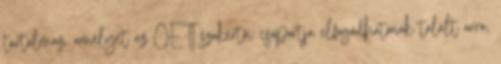
tartalmaz, amelyet az OÉTI szakértői csoportja elfogadhatónak talált arra,